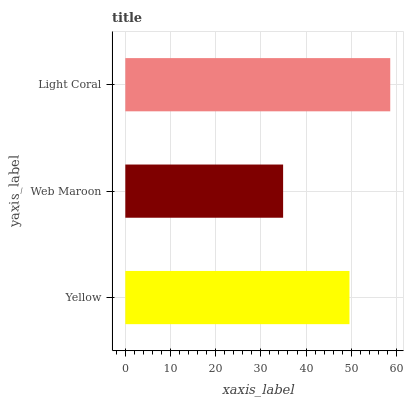
| yaxis_label | bars |
 | --- | --- |
 | Yellow | 49.6 |
 | Web Maroon | 34.9 |
 | Light Coral | 58.6 |